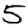
Digit: 5